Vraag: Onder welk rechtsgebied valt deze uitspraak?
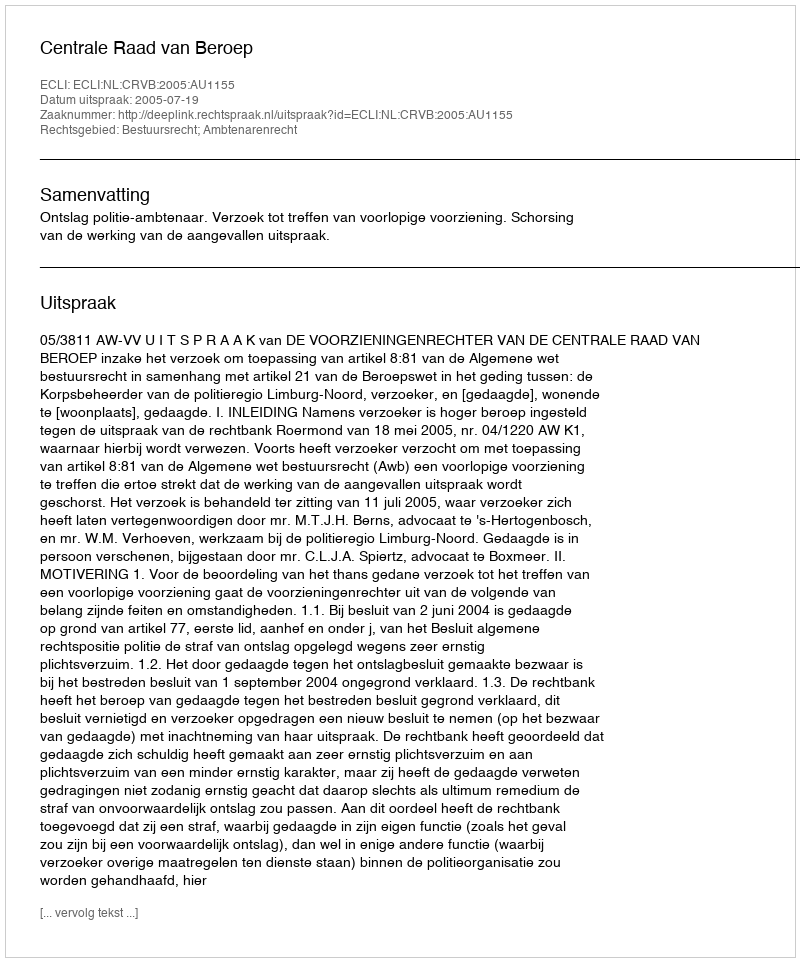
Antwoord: Bestuursrecht; Ambtenarenrecht